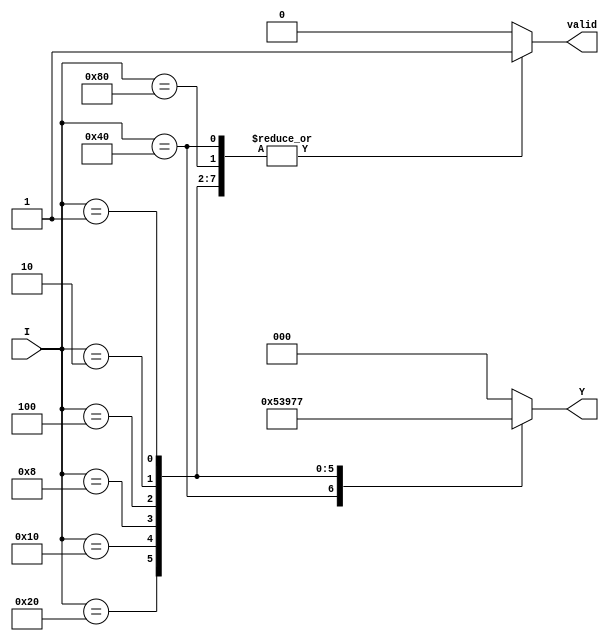
module priority_encoder #(
    parameter N = 8,  // Number of inputs (I0 to I7)
    parameter M = $clog2(N) // Number of outputs (log2 of N)
) (
    input [N-1:0] I,    // Input lines
    output reg [M-1:0] Y, // Output lines for encoding
    output reg valid     // Valid signal to indicate if any input is active
);

    always @(*) begin
        case (I)
            8'b10000000: begin Y = 3'b000; valid = 1; end // I0 is active
            8'b01000000: begin Y = 3'b001; valid = 1; end // I1 is active
            8'b00100000: begin Y = 3'b010; valid = 1; end // I2 is active
            8'b00010000: begin Y = 3'b011; valid = 1; end // I3 is active
            8'b00001000: begin Y = 3'b100; valid = 1; end // I4 is active
            8'b00000100: begin Y = 3'b101; valid = 1; end // I5 is active
            8'b00000010: begin Y = 3'b110; valid = 1; end // I6 is active
            8'b00000001: begin Y = 3'b111; valid = 1; end // I7 is active
            default: begin Y = {M{1'b0}}; valid = 0; end // No inputs active
        endcase
    end

endmodule